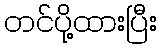
တင်ပို့ထားပြီး